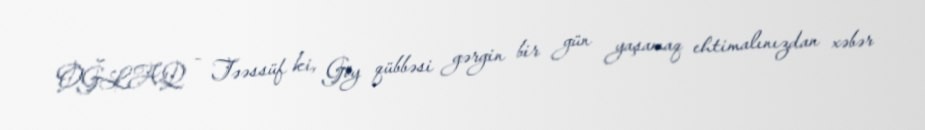
OĞLAQ - Təəssüf ki, Göy qübbəsi gərgin bir gün yaşamaq ehtimalınızdan xəbər